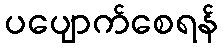
ပပျောက်စေရန်